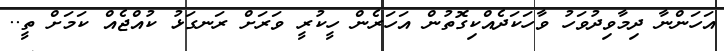
އަހަންނާ ދިމާވިދުވަހު ވާހަކަދެއްކިގޮތުން އަހަރެން ހީކުރީ ވަރަށް ރަނގަޅު ކުއްޖެއް ކަމަށް ތީ..